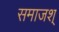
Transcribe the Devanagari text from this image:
समाजश्